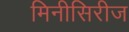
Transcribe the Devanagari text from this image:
मिनीसिरीज